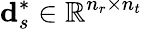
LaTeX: \mathbf{d}_{s}^{*}\in\mathbb{R}^{n_{r}\times n_{t}}